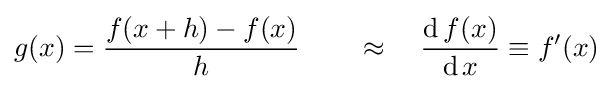
g(x)={\frac {f(x+h)-f(x)}{h}}\qquad \approx \quad {\frac {\operatorname {d} f(x)}{\operatorname {d} x}}\equiv f'(x)